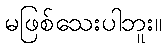
မဖြစ်သေးပါဘူး။